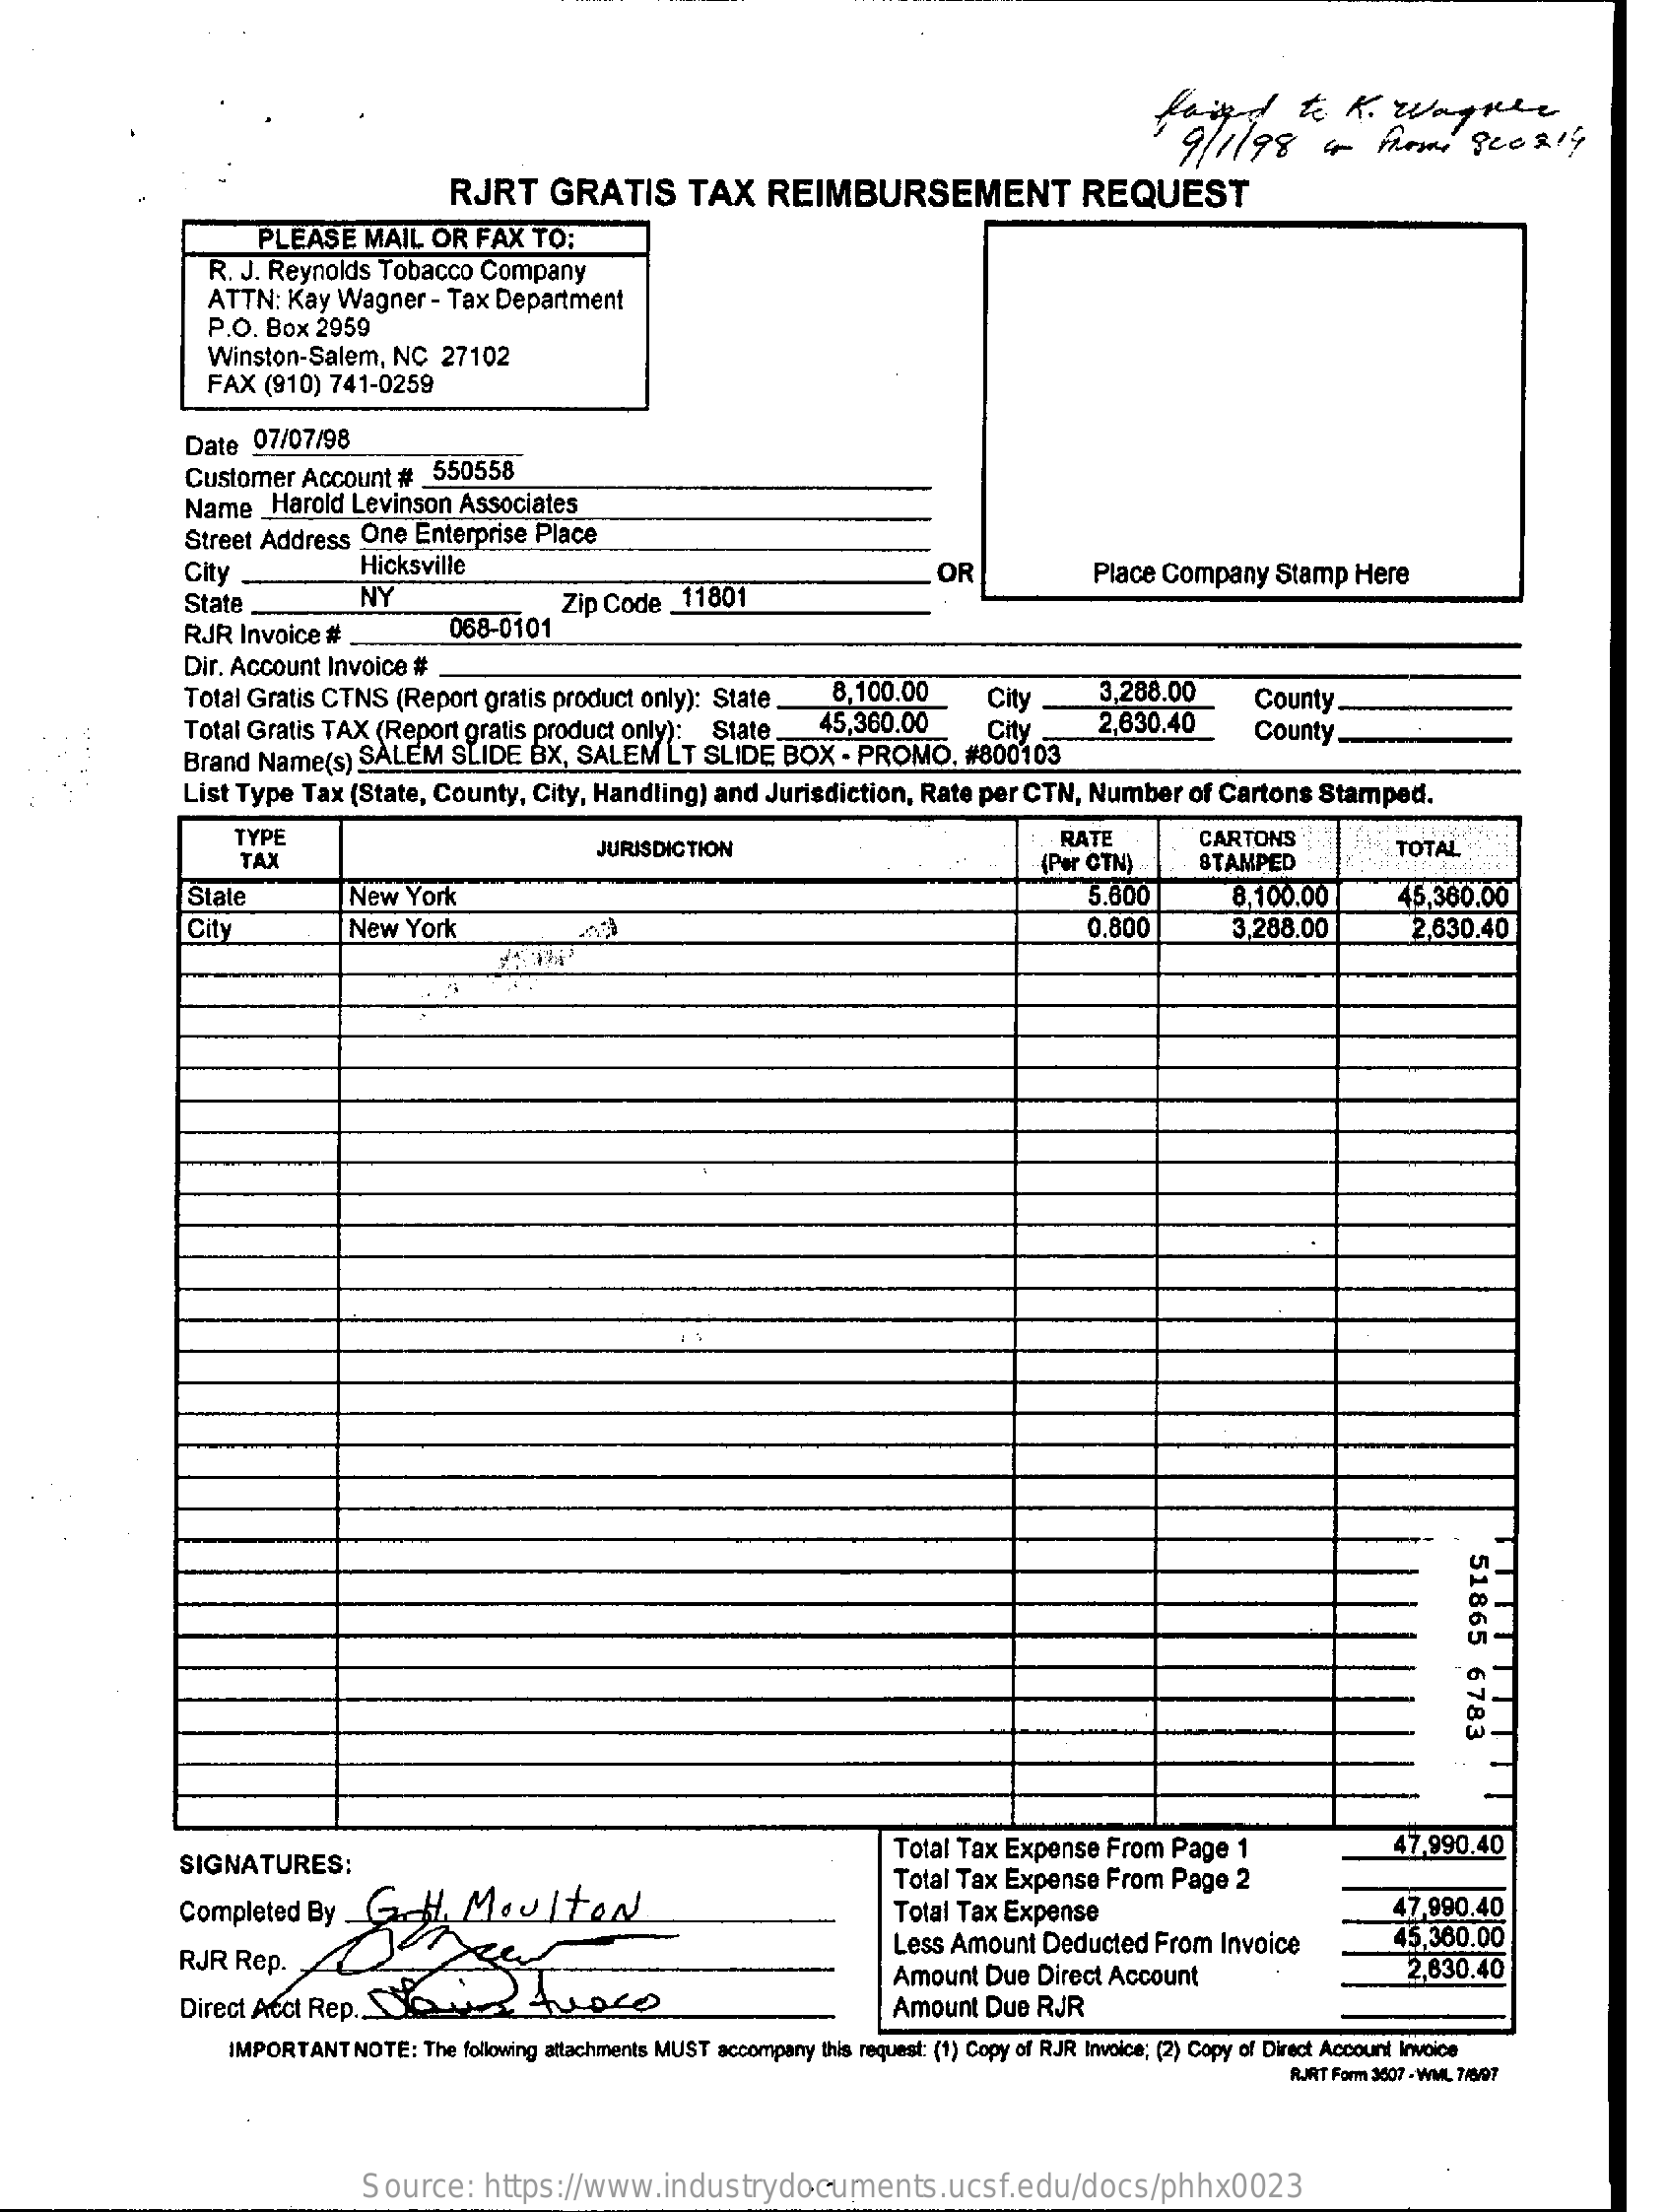
feind    to  K.   Wayne
     9/1/98    4    frome    PLER14
     RJRT    GRATIS    TAX    REIMBURSEMENT    REQUEST
     PLEASE    MAIL  OR  FAX  TO:
     R. J. Reynolds Tobacco  Company
     ATTN:  Kay Wagner   - Tax Department
     P.O. Box 2959
     Winston-Salem,  NC   27102
     FAX  (910) 741-0259
     Date  07/07/98
     Customer  Account  #  550558
     Name  _Harold Levinson  Associates
     Street Address  One Enterprise Place
     City    Hicksville
     State    NY
     OR    Place Company   Stamp  Here
     RJR Invoice #    068-0101
     Zip Code _11801
     Dir. Account Invoice #
     Total Gratis CTNS (Report gratis product only): State    8,100.00
     45,360.00
     City    3,288.00
     Total Gratis TAX (Report gratis product only): State.    2,630.40
     County
     Brand Name(s)  SALEM    SLIDE BX,  SALEM   LT SLIDE  BOX   - PROMO,   #800103
     City    County ...
     List Type Tax (State, County,  City, Handling) and  Jurisdiction, Rate per CTN,  Number   of Cartons Stamped.
     TYPE
     JURISDICTION
     RATE    CARTONS
     TAX    (Por CTN)    STAMPED
     TOTAL
     State    New  York    5.600    8,100.00    45,360.00
     City    New   York    0.800    3,288.00    2,630.40
     TTTTTTTTT
     51865
     6783
     SIGNATURES:
     Total Tax Expense From  Page  1    47,990.40
     Completed By    G.   H.  Moulton
     Total Tax Expense From  Page  2
     Total Tax Expense    47,990.40
     RJR  Rep.
     Less Amount  Deducted  From  Invoice    45,360.00
     Amount Due  Direct Account    2,830.40
     Direct Acct Rep.   SiApre    Amount Due  RJR
     IMPORTANT  NOTE: The following attachments MUST accompany this request: (1) Copy of RJR Invoice; (2) Copy of Direct Account Invoice
     RJRT Form 3607 - WML 7/8/07
     Source:    https://www.industrydocuments.ucsf.edu/docs/phhx0023